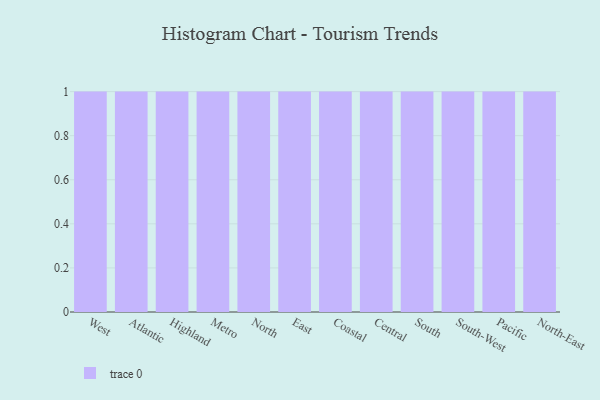
{"axis": {"x": "Region", "y": "Churn Rate (%)"}, "legend": [""], "data": [{"x": "West", "y": 86, "type": ""}, {"x": "Atlantic", "y": 22, "type": ""}, {"x": "Highland", "y": 26, "type": ""}, {"x": "Metro", "y": 86, "type": ""}, {"x": "North", "y": 55, "type": ""}, {"x": "East", "y": 21, "type": ""}, {"x": "Coastal", "y": 84, "type": ""}, {"x": "Central", "y": 29, "type": ""}, {"x": "South", "y": 75, "type": ""}, {"x": "South-West", "y": 94, "type": ""}, {"x": "Pacific", "y": 68, "type": ""}, {"x": "North-East", "y": 33, "type": ""}]}